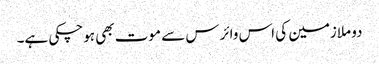
دو ملازمین کی اس وائرس سے موت بھی ہوچکی ہے۔